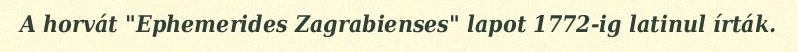
A horvát "Ephemerides Zagrabienses" lapot 1772-ig latinul írták.